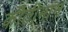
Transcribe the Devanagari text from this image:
कीर्तीमान